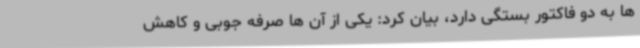
ها به دو فاکتور بستگی دارد، بیان کرد: یکی از آن ها صرفه جوبی و کاهش